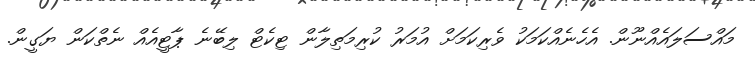
މައްސަލައެއްނޫން. އެހެނެއްކަމަކު ވެރިކަމަށް އުމަރު ކުރިމަތިލާން ޓިކެޓް ލިބޭނެ ޕާޓީއެއް ނެތްކަން ޔަގީން.